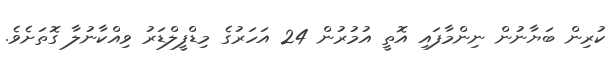
ކުރިން ބަޔާނުން ނިންމާފައި އޮތީ އުމުރުން 24 އަހަރުގެ މިޑްފީލްޑަރު ވިއްކާނުލާ ގޮތަށެވެ.